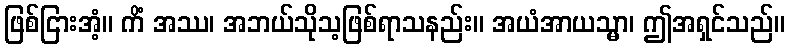
ဖြစ်ငြားအံ့။ ကိံ အဿ၊ အဘယ်သိုသ့ဖြစ်ရာသနည်း။ အယံအာယသ္မာ၊ ဤအရှင်သည်။